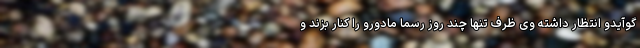
گوآیدو انتظار داشته وی ظرف تنها چند روز رسما مادورو را کنار بزند و